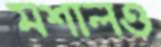
মশালও